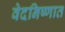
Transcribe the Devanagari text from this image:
वेदनिष्णात